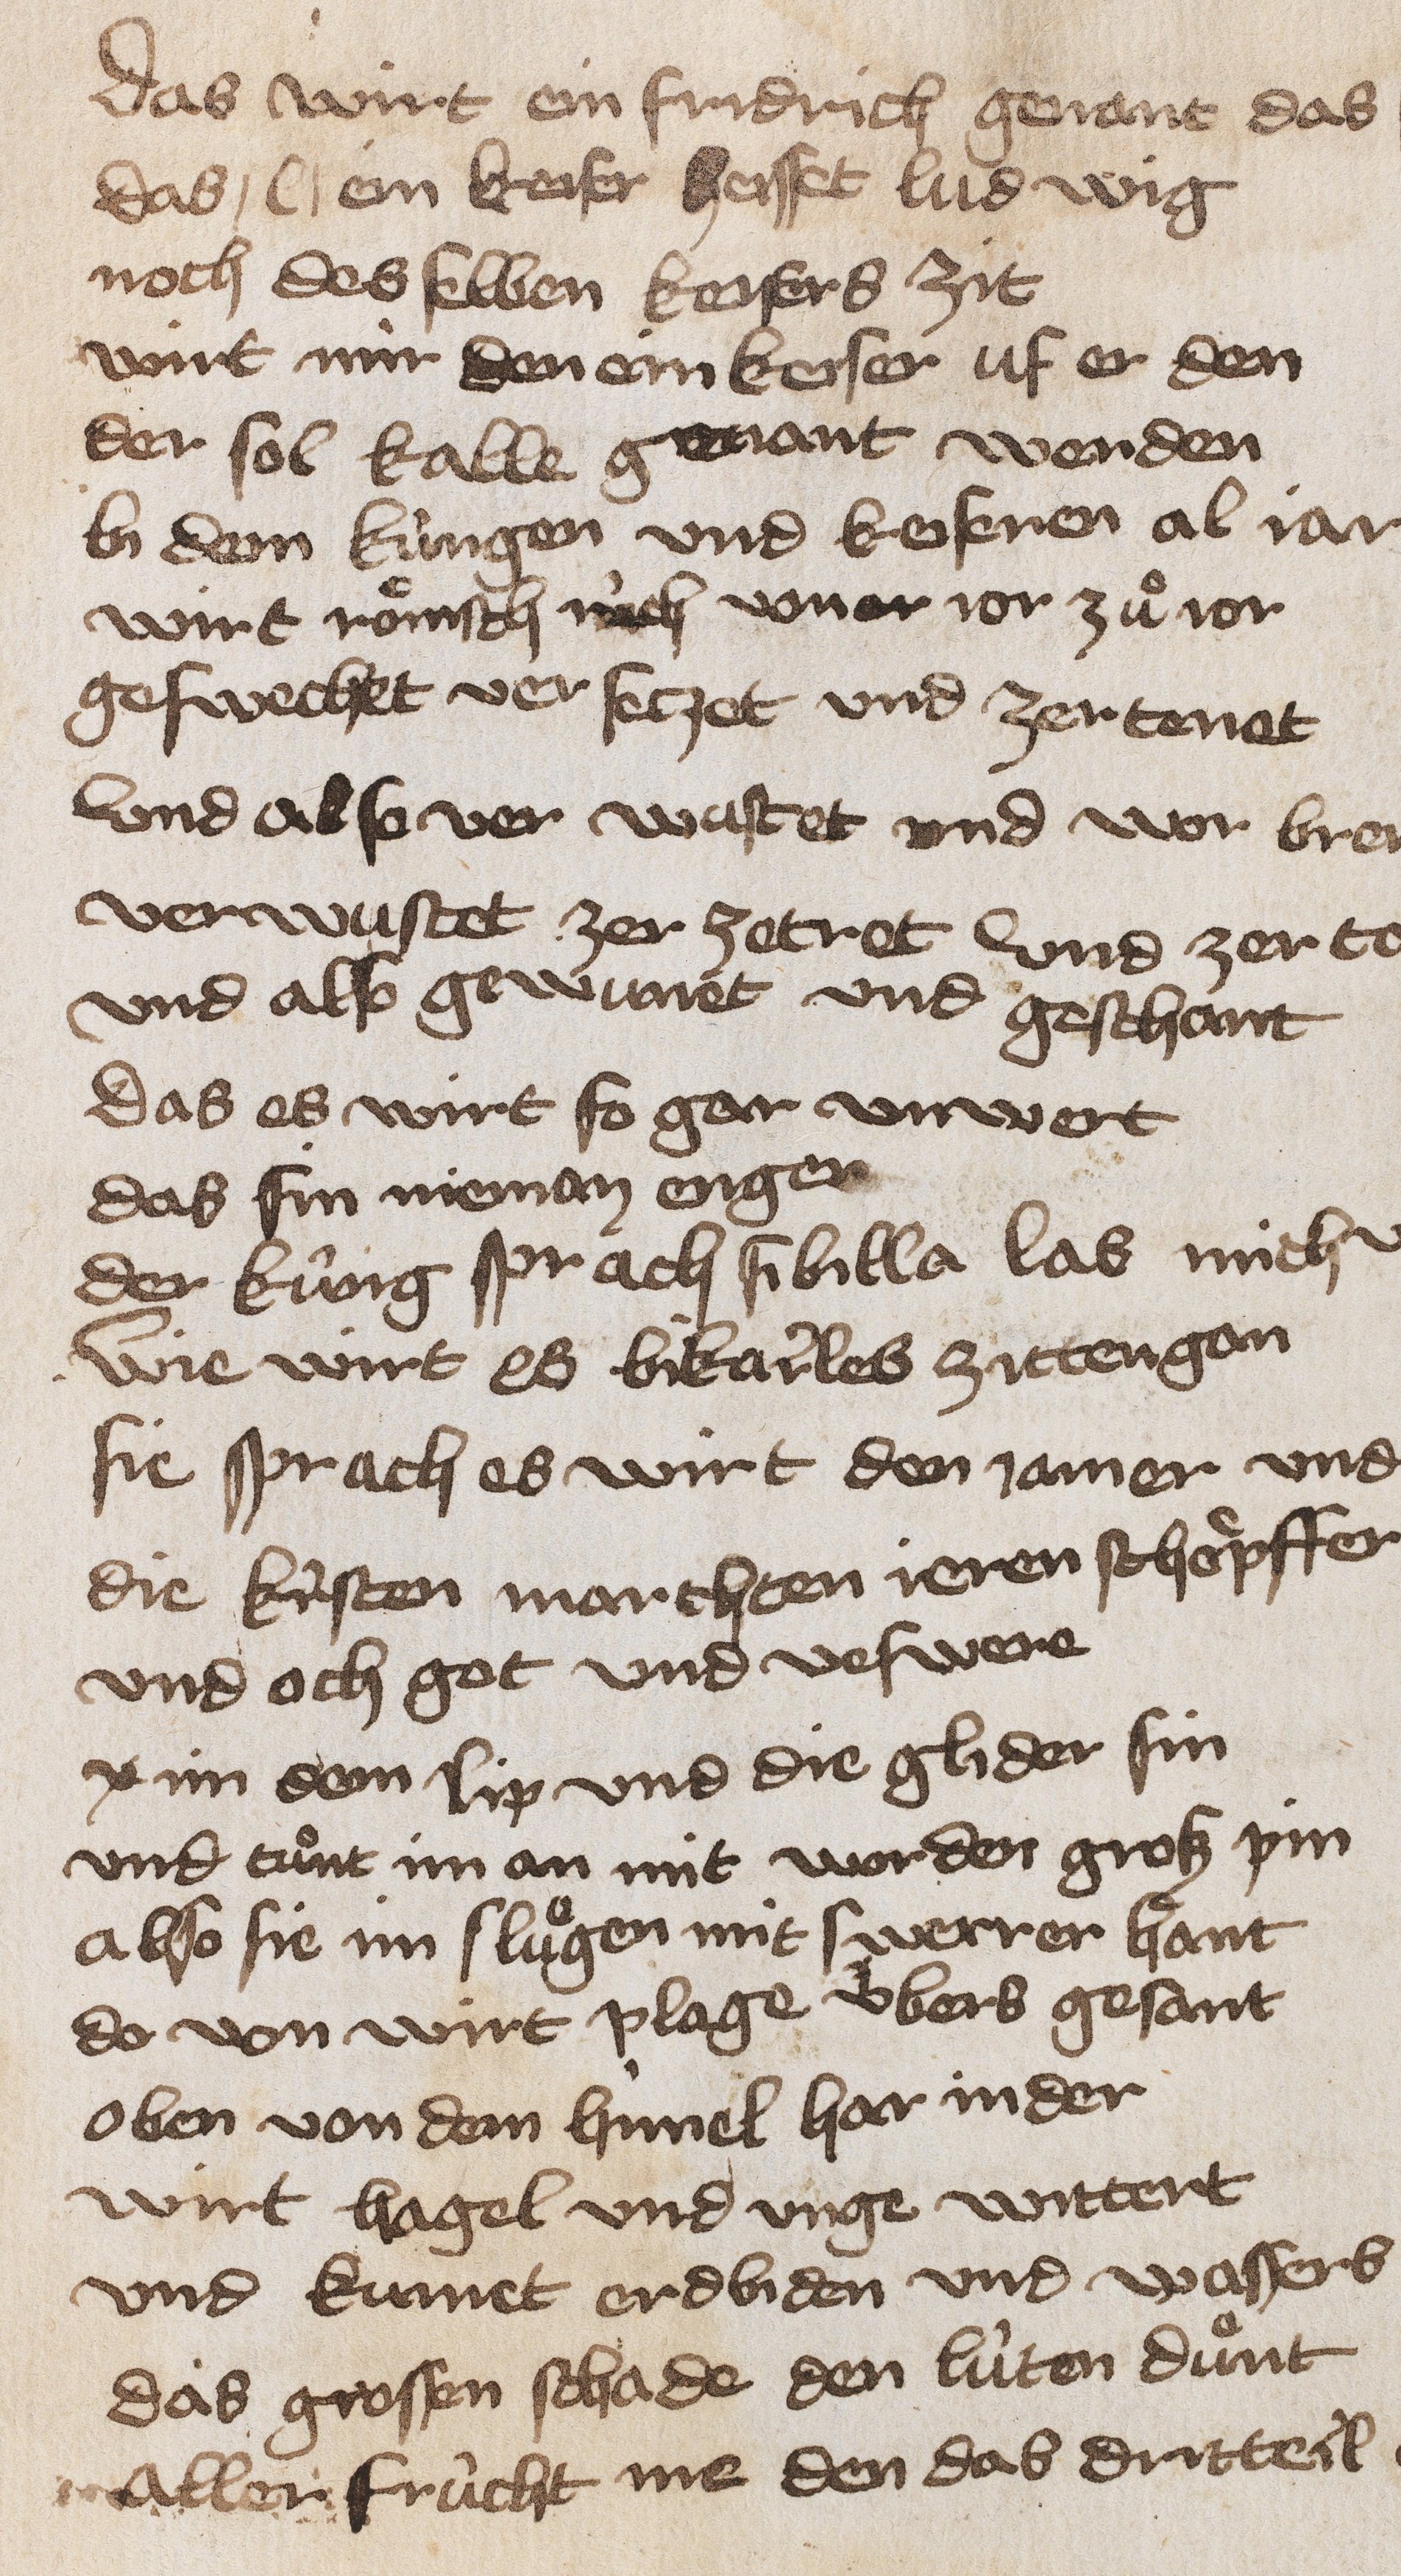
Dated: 1400–1449